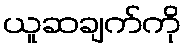
ယူဆချက်ကို